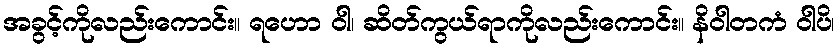
အခွင့်ကိုလည်းကောင်း။ ရဟော ဝါ၊ ဆိတ်ကွယ်ရာကိုလည်းကောင်း။ နိဝါတကံ ဝါပိ၊